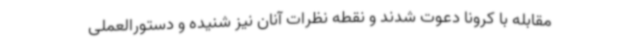
مقابله با کرونا دعوت شدند و نقطه نظرات آنان نیز شنیده و دستورالعملی